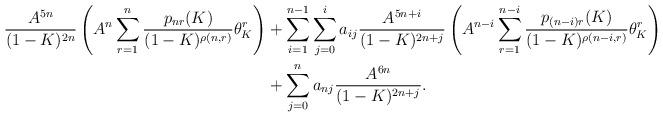
LaTeX: \begin{align*} \frac{A^{5n}}{(1-K)^{2n}}\left(A^n\sum_{r = 1}^n \frac{p_{nr}(K)}{(1-K)^{\rho(n,r)}}\theta_K^r\right)& + \sum_{i = 1}^{n-1}\sum_{j = 0}^i a_{ij}\frac{A^{5n + i}}{(1-K)^{2n+j}}\left(A^{n-i}\sum_{r = 1}^{n-i} \frac{p_{(n-i)r}(K)}{(1-K)^{\rho(n-i,r)}}\theta_K^r\right)\\&+\sum_{j=0}^n a_{nj}\frac{A^{6n}}{(1-K)^{2n+j}}.\end{align*}